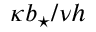
\kappa \ensuremath { b _ { \star } } / \nu h